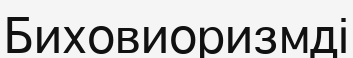
Биховиоризмді